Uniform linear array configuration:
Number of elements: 4
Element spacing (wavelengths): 0.5
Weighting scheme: blackman
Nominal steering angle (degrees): -30
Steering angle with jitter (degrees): -30.272
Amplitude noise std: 0.05
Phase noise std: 0.05

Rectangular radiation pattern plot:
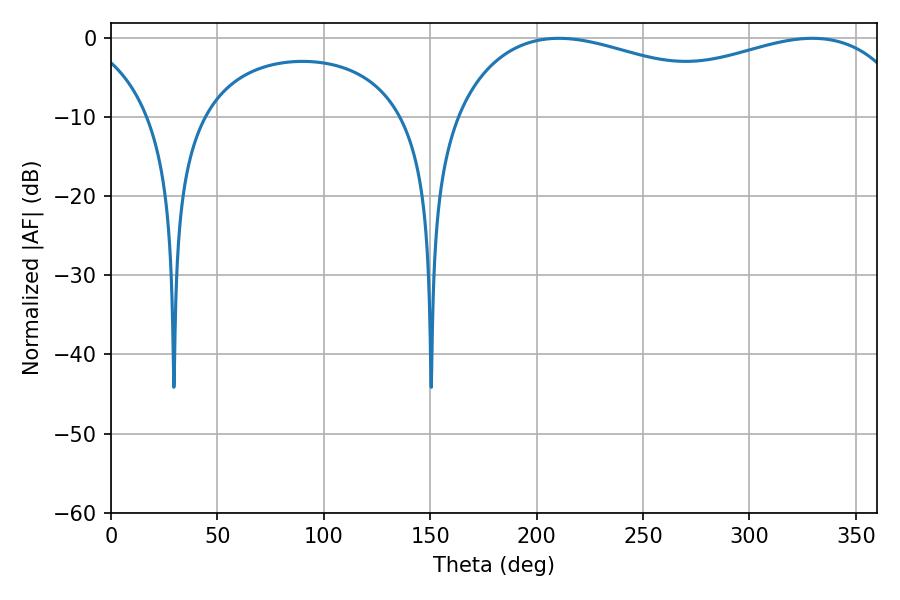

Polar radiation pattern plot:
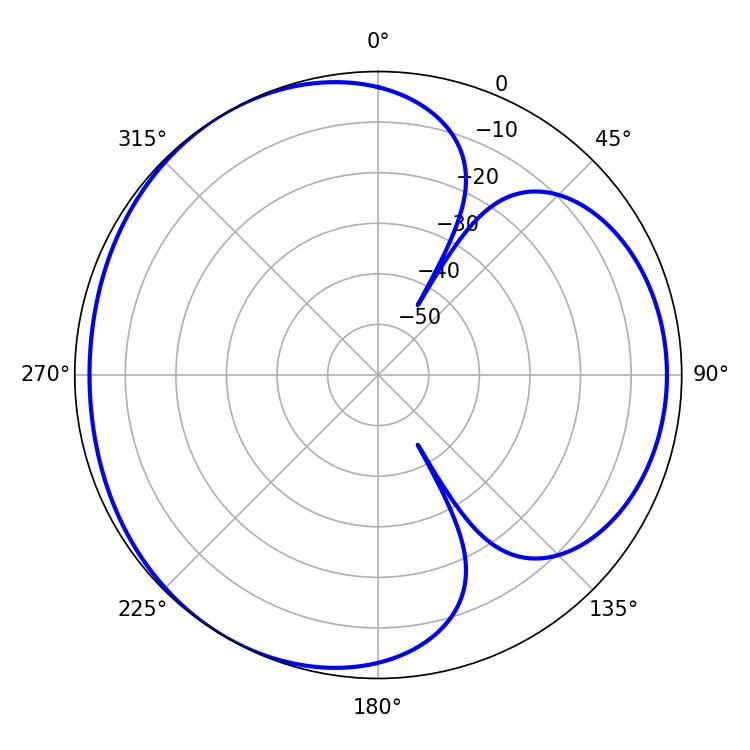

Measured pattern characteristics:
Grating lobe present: FALSE
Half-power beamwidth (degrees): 178.92
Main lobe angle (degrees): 210.42